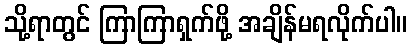
သို့ရာတွင် ကြာကြာရှက်ဖို့ အချိန်မရလိုက်ပါ။